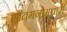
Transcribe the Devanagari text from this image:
गौतमनामधारी